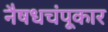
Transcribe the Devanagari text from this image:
नैषधचंपूकार